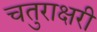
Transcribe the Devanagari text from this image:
चतुराक्षरी